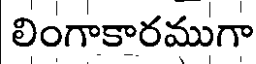
లింగాకారముగా